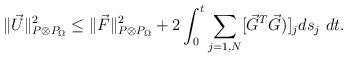
LaTeX: \begin{align*}\| \vec U \|_{P \otimes P_{\Omega}}^2 \leq \| \vec F \|_{P \otimes P_{\Omega}}^2 + 2 \int_0^t \sum_{j=1,N} \lbrack \vec G^T \vec G) \rbrack_j ds_j \ dt.\end{align*}